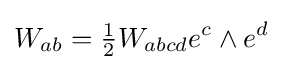
W_{ab}={\tfrac {1}{2}}W_{abcd}e^{c}\wedge e^{d}